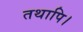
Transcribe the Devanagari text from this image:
तथापि।